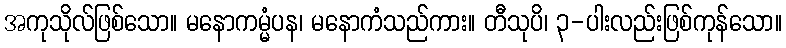
အကုသိုလ်ဖြစ်သော။ မနောကမ္မံပန၊ မနောကံသည်ကား။ တီသုပိ၊ ၃-ပါးလည်းဖြစ်ကုန်သော။